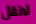
لاتقل